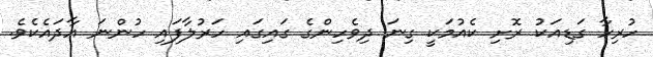
ހުރިހާ ގަޑިއަކު ރޮށި ކެއުމަކީ ގިނަ ދިވެހިންގެ ގައިގައި ހަރުލާފައި ހުންނަ އާދައެކެވެ.